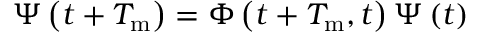
\boldsymbol { \Psi } \left( t + T _ { \mathrm { m } } \right) = \boldsymbol { \Phi } \left( t + T _ { \mathrm { m } } , t \right) \boldsymbol { \Psi } \left( t \right)